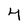
Character: 4